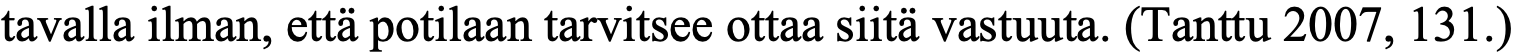
tavalla ilman, että potilaan tarvitsee ottaa siitä vastuuta. (Tanttu 2007, 131.)